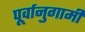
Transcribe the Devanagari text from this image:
पूर्वानुगामी